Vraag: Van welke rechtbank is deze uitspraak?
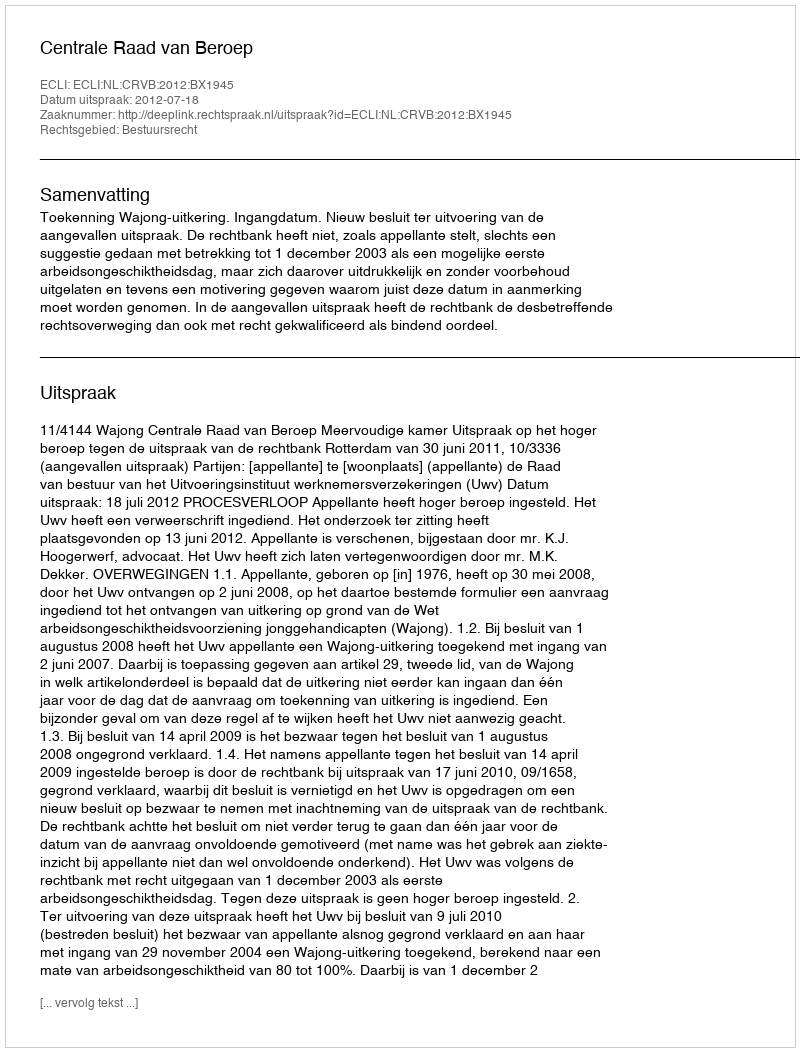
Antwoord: Centrale Raad van Beroep